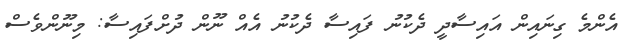
އެންމެ ގިނައިން އަައިސާދީ ދެކުނު ފައިސާ ދެކުނު އެއް ނޫން ދުށްފައިސާ: މިނޫންވެސް